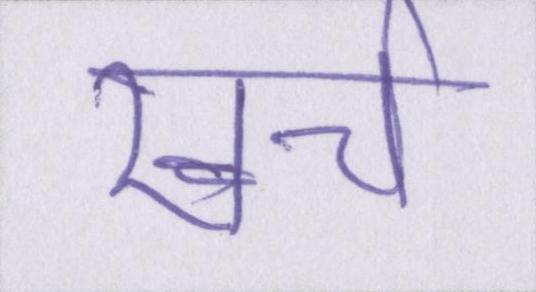
खर्च